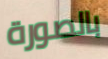
بالصورة